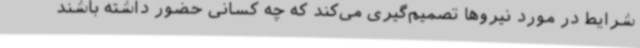
شرایط در مورد نیروها تصمیم‌گیری می‌کند که چه کسانی حضور داشته باشند